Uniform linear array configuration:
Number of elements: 16
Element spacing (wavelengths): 0.25
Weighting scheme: binomial
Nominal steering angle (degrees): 15
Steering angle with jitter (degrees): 13.641
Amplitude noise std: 0.05
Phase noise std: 0.05

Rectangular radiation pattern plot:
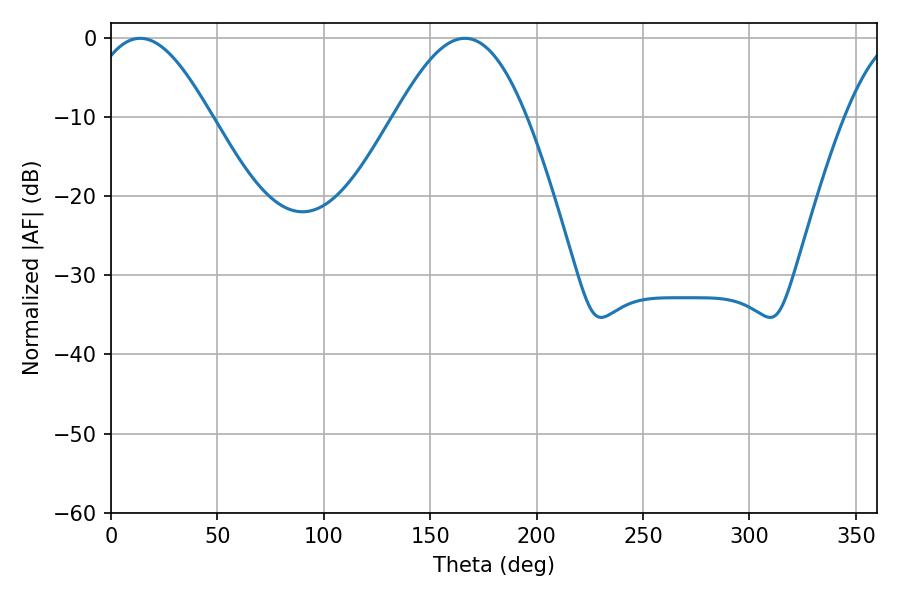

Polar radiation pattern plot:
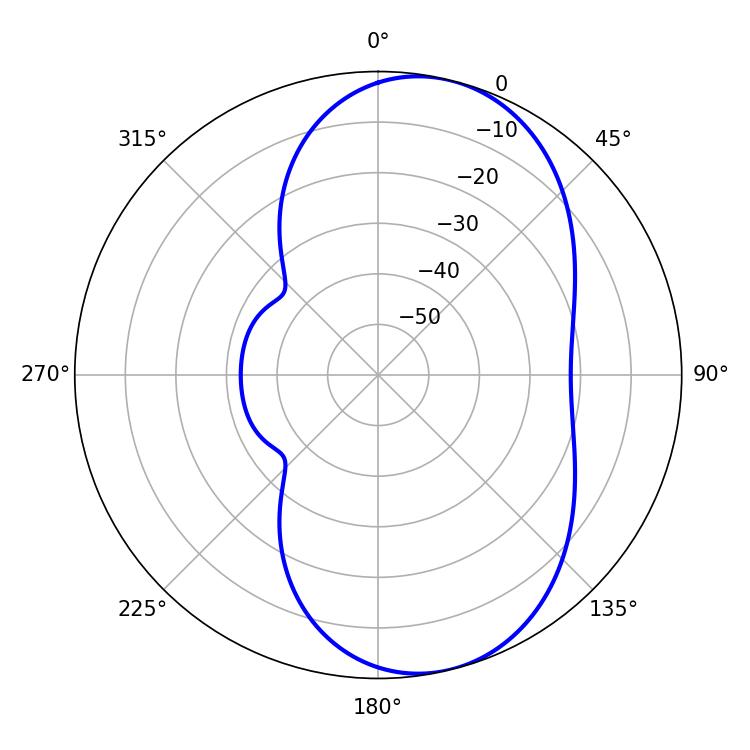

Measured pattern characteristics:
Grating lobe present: FALSE
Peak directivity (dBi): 7.801
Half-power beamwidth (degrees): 30.96
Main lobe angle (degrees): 13.68